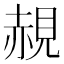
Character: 䚂